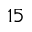
1 5